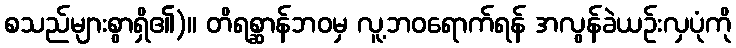
စသည်များစွာရှိ၏)။ တိရစ္ဆာန်ဘဝမှ လူ့ဘဝရောက်ရန် အလွန်ခဲယဉ်းလှပုံကို